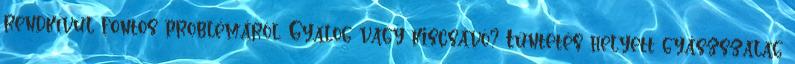
rendkívül fontos problémáról. Gyalog vagy kiscsávó? Tüntetés helyett gyászszalag